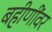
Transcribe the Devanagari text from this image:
बहीणींवर